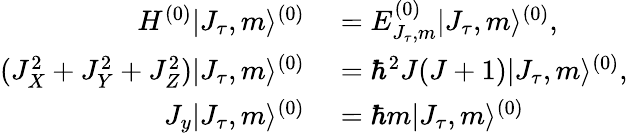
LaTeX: \begin{array}{rl}{H^{(0)}|J_{\tau},m\rangle^{(0)}}&{{}=E_{J_{\tau},m}^{(0)}|J_{\tau},m\rangle^{(0)},}\\ {(J_{X}^{2}+J_{Y}^{2}+J_{Z}^{2})|J_{\tau},m\rangle^{(0)}}&{{}=\hbar^{2}J(J+1)|J_{\tau},m\rangle^{(0)},}\\ {J_{y}|J_{\tau},m\rangle^{(0)}}&{{}=\hbar m|J_{\tau},m\rangle^{(0)}}\end{array}